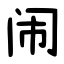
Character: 闹